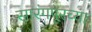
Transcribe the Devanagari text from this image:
सारंगपूरच्या